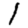
Digit: 1